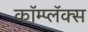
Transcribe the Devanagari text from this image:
कॉम्प्लॅक्स